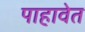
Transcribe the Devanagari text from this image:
पाहावेत